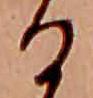
る